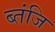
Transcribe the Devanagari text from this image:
ब्तंजि